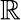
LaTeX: \mathbb{R}